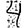
Digit: 4